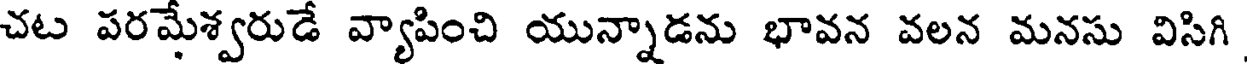
చట పరమేశ్వరుడే వ్యాపించి యున్నాడను భావన వలన మనసు విసిగి